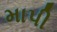
માપી